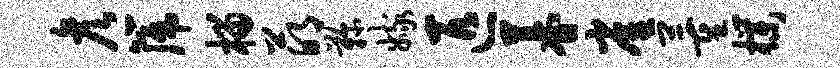
彦篪榴萌鞠嫁匹暮雀董朴